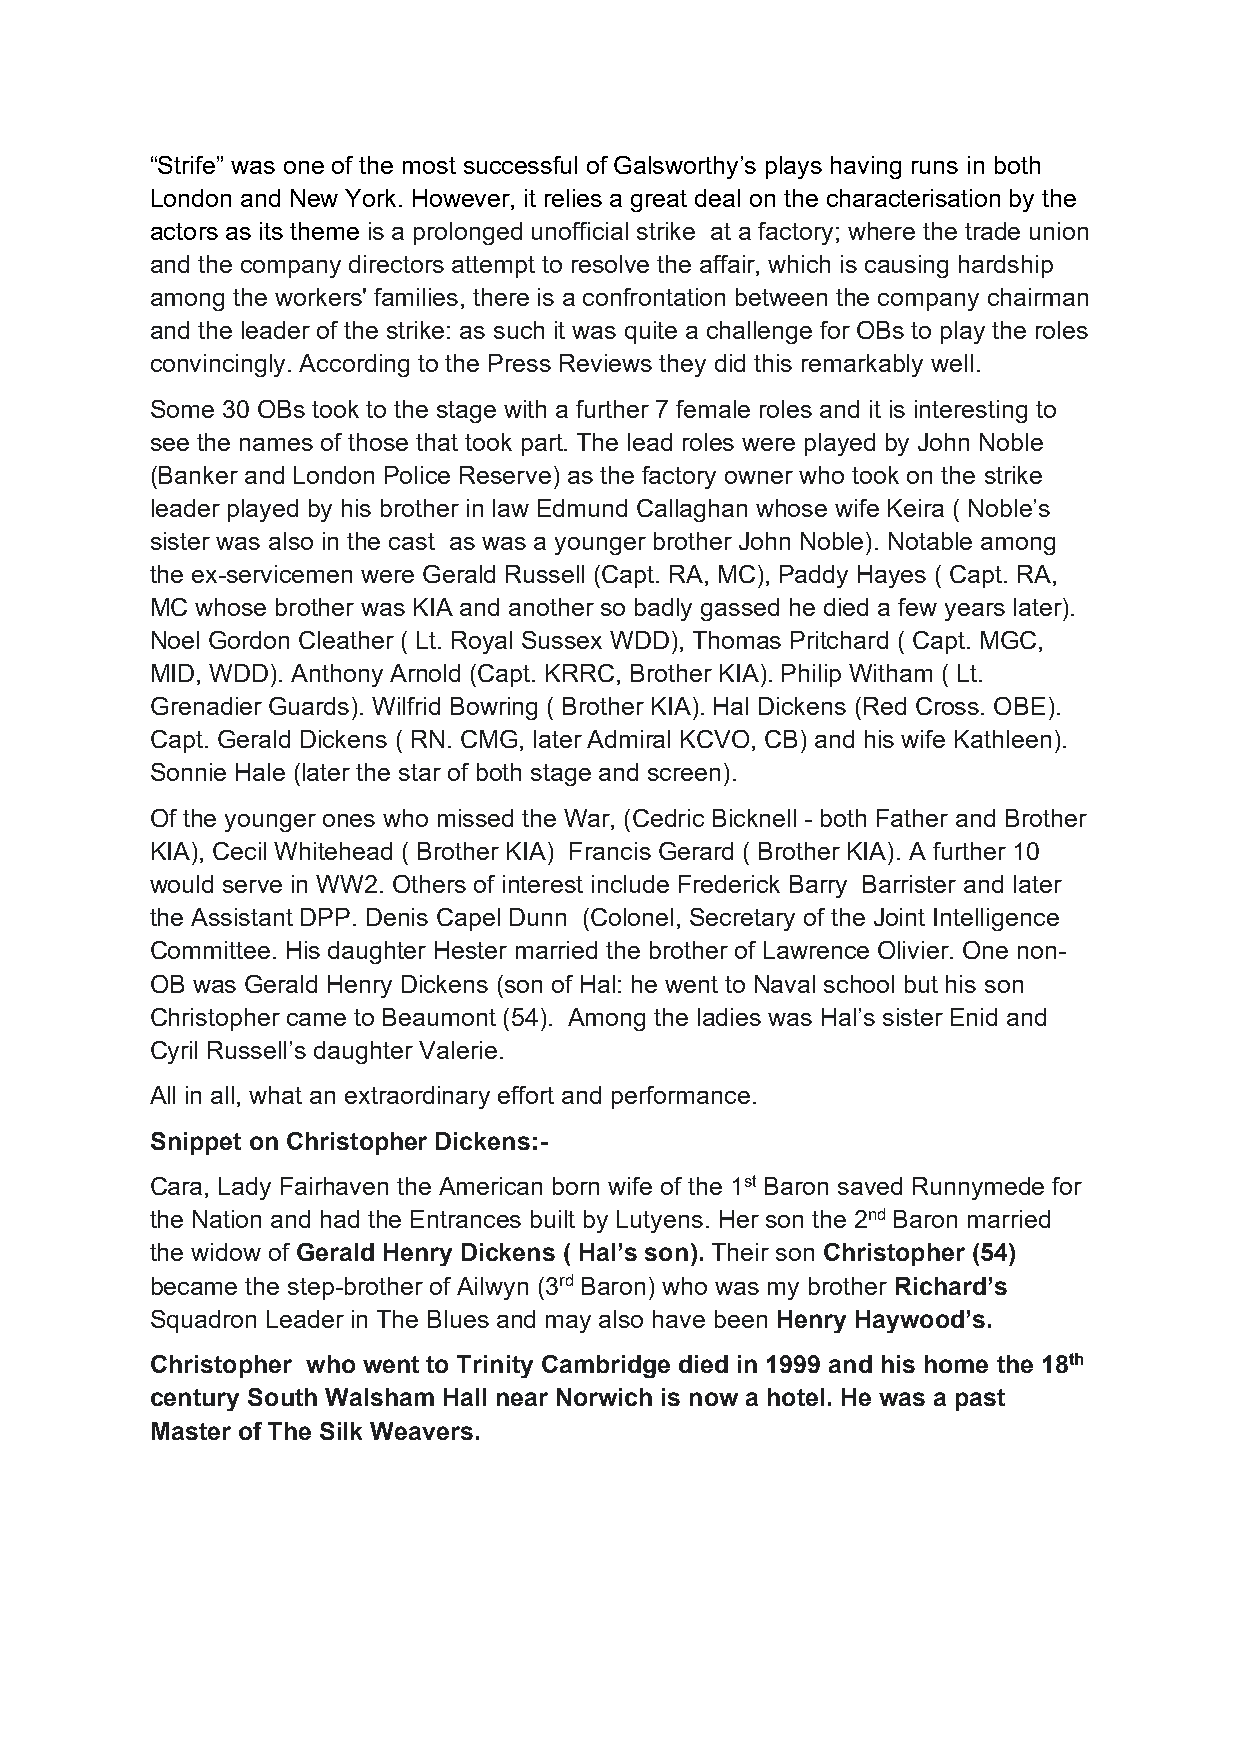
“Strife” was one of the most successful of Galsworthy’s plays having runs in both
 London and New York. However, it relies a great deal on the characterisation by the
 actors as its theme is a prolonged unofficial strike at a factory; where the trade union
 and the company directors attempt to resolve the affair, which is causing hardship
 among the workers' families, there is a confrontation between the company chairman
 and the leader of the strike: as such it was quite a challenge for OBs to play the roles
 convincingly. According to the Press Reviews they did this remarkably well.
 Some 30 OBs took to the stage with a further 7 female roles and it is interesting to
 see the names of those that took part. The lead roles were played by John Noble
 (Banker and London Police Reserve) as the factory owner who took on the strike
 leader played by his brother in law Edmund Callaghan whose wife Keira ( Noble’s
 sister was also in the cast as was a younger brother John Noble). Notable among
 the ex-servicemen were Gerald Russell (Capt. RA, MC), Paddy Hayes ( Capt. RA,
 MC whose brother was KIA and another so badly gassed he died a few years later).
 Noel Gordon Cleather ( Lt. Royal Sussex WDD), Thomas Pritchard ( Capt. MGC,
 MID, WDD). Anthony Arnold (Capt. KRRC, Brother KIA). Philip Witham ( Lt.
 Grenadier Guards). Wilfrid Bowring ( Brother KIA). Hal Dickens (Red Cross. OBE).
 Capt. Gerald Dickens ( RN. CMG, later Admiral KCVO, CB) and his wife Kathleen).
 Sonnie Hale (later the star of both stage and screen).
 Of the younger ones who missed the War, (Cedric Bicknell - both Father and Brother
 KIA), Cecil Whitehead ( Brother KIA) Francis Gerard ( Brother KIA). A further 10
 would serve in WW2. Others of interest include Frederick Barry Barrister and later
 the Assistant DPP. Denis Capel Dunn (Colonel, Secretary of the Joint Intelligence
 Committee. His daughter Hester married the brother of Lawrence Olivier. One non-
 OB was Gerald Henry Dickens (son of Hal: he went to Naval school but his son
 Christopher came to Beaumont (54). Among the ladies was Hal’s sister Enid and
 Cyril Russell’s daughter Valerie.
 All in all, what an extraordinary effort and performance.
 Snippet on Christopher Dickens:-
 Cara, Lady Fairhaven the American born wife of the 1st Baron saved Runnymede for
 the Nation and had the Entrances built by Lutyens. Her son the 2nd Baron married
 the widow of Gerald Henry Dickens ( Hal’s son). Their son Christopher (54)
 became the step-brother of Ailwyn (3rd Baron) who was my brother Richard’s
 Squadron Leader in The Blues and may also have been Henry Haywood’s.
 Christopher who went to Trinity Cambridge died in 1999 and his home the 18th
 century South Walsham Hall near Norwich is now a hotel. He was a past
 Master of The Silk Weavers.